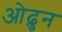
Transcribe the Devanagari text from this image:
ओढुन